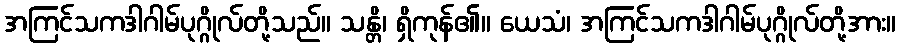
အကြင်သကဒါဂါမ်ပုဂ္ဂိုလ်တို့သည်။ သန္တိ၊ ရှိကုန်၏။ ယေသံ၊ အကြင်သကဒါဂါမ်ပုဂ္ဂိုလ်တို့အား။